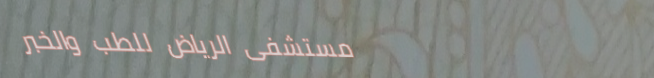
مستشفى الرياض للطب والخبر